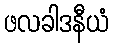
ဖလခါဒနီယံ